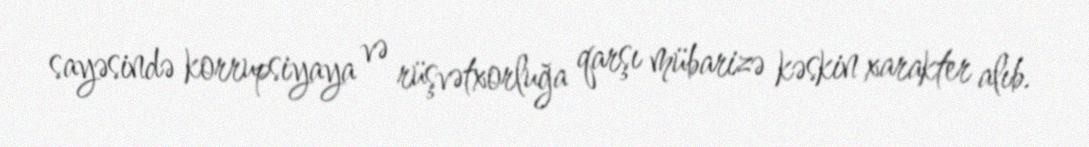
sayəsində korrupsiyaya və rüşvətxorluğa qarşı mübarizə kəskin xarakter alıb.